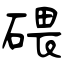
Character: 碨